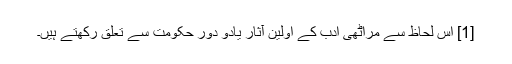
[1] اس لحاظ سے مراٹھی ادب کے اولین آثار یادو دور حکومت سے تعلق رکھتے ہیں۔